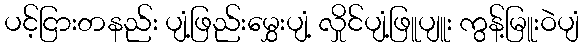
ပင့်ငြားတနည်း ပျံ့ဖြည်းမွှေးပျံ့ လှိုင်ပျံ့ဖြူပျူး ကွန့်မြူးဝဲပျံ